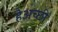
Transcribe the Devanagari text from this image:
हैअच्छी